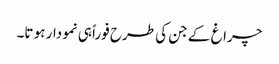
چراغ کے جن کی طرح فوراً ہی نمودار ہو تا۔